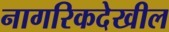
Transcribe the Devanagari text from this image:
नागरिकदेखील